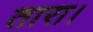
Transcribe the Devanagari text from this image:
तारा।